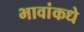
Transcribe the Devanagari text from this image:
भावांकधे